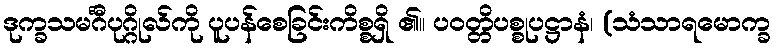
ဒုက္ခသမင်္ဂီပုဂ္ဂိုလ်ကို ပူပန်စေခြင်းကိစ္စရှိ ၏။ ပဝတ္တိပစ္စုပဋ္ဌာနံ၊ (သံသာရမောက္ခ